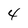
Character: 4